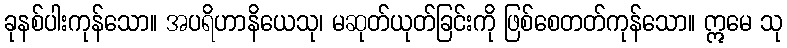
ခုနစ်ပါးကုန်သော။ အပရိဟာနိယေသု၊ မဆုတ်ယုတ်ခြင်းကို ဖြစ်စေတတ်ကုန်သော။ ဣမေ သု